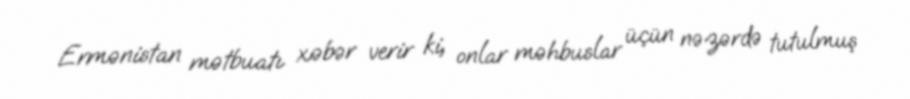
Ermənistan mətbuatı xəbər verir ki, onlar məhbuslar üçün nəzərdə tutulmuş